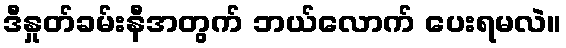
ဒီနှုတ်ခမ်းနီအတွက် ဘယ်လောက် ပေးရမလဲ။